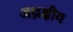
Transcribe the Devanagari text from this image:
अध्रक्षीय